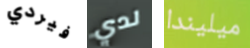
فيردي لدي ميليندا